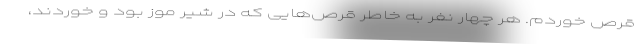
قرص خوردم. هر چهار نفر به خاطر قرص‌هایی که در شیر موز بود و خوردند،